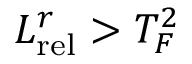
L _ { \mathrm { r e l } } ^ { r } > T _ { F } ^ { 2 }